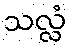
သလ္လံ